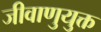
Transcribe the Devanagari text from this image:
जीवाणुयुक्त